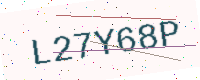
Text: L27Y68P